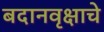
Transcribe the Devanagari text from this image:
बदानवृक्षाचे